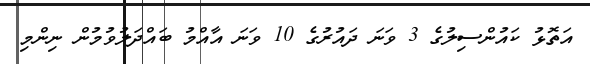
އަތޮޅު ކައުންސިލުގެ 3 ވަނަ ދައުރުގެ 10 ވަނަ އާއްމު ބައްދަލުވުމުން ނިންމި